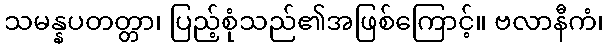
သမန္နပတတ္တာ၊ ပြည့်စုံသည်၏အဖြစ်ကြောင့်။ ဗလာနီကံ၊